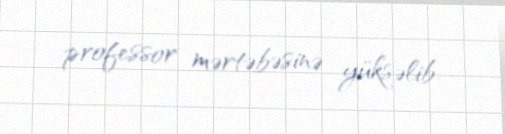
professor mərtəbəsinə yüksəlib.